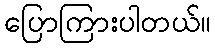
ပြောကြားပါတယ်။